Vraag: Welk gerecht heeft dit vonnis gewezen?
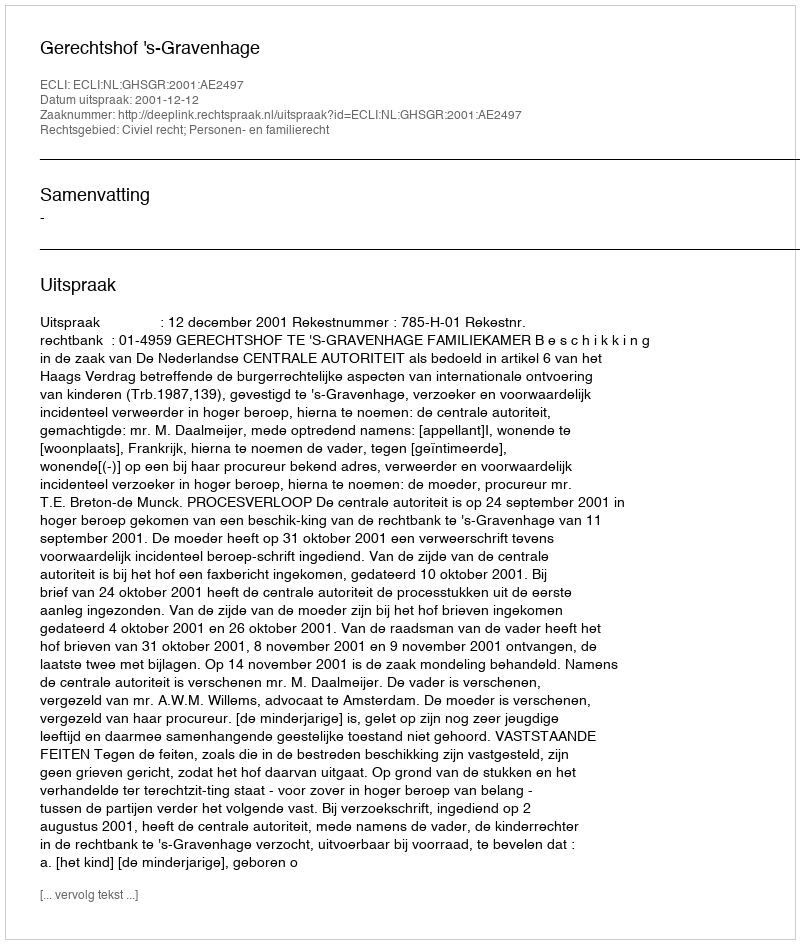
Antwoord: Gerechtshof 's-Gravenhage